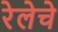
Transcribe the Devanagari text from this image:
रेलेचे